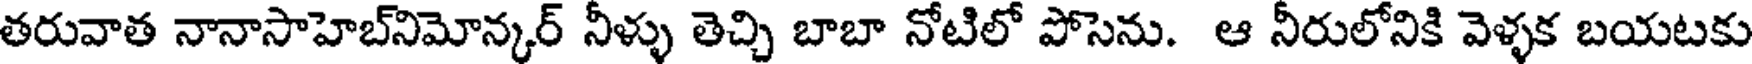
తరువాత నానాసాహెబ్నిమోన్కర్ నీళ్ళు తెచ్చి బాబా నోటిలో పోసెను. ఆ నీరులోనికి వెళ్ళక బయటకు